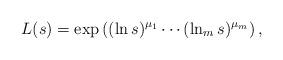
LaTeX: \begin{align*}L(s)=\exp\left((\ln s)^{\mu_1}\cdots(\ln_ms)^{\mu_m}\right),\end{align*}